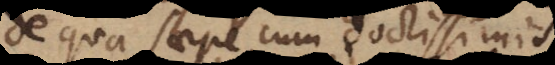
de qua saepe cum doctissimis